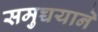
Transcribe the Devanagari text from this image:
समुच्चयाने